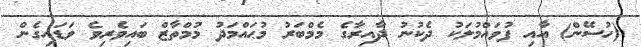
(ހުސޭން) އާއި ފުވައްމުލަކު ދެކުނު ދާއިރާގެ މެމްބަރު މުޙައްމަދު މުމްތާޒް ބައިވެރިވެ ވަޑައިގެން